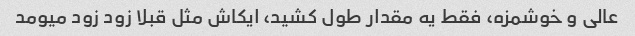
عالی و خوشمزه، فقط یه مقدار طول کشید، ایکاش مثل قبلا زود زود میومد